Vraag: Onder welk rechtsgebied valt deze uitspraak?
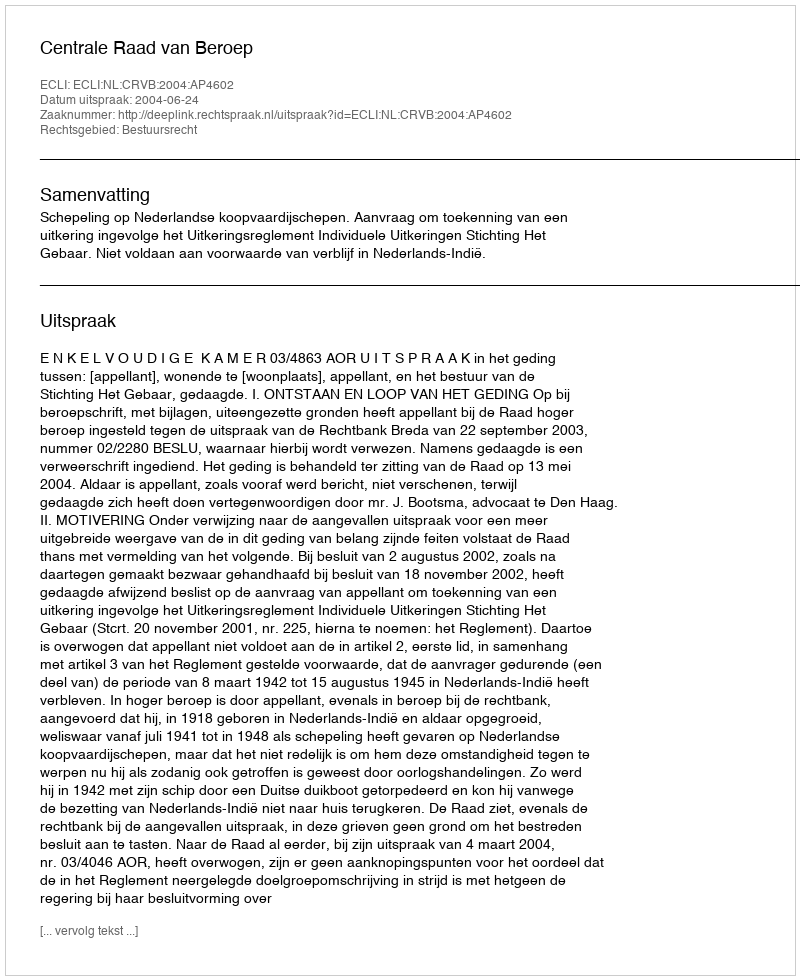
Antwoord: Bestuursrecht